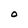
Character: O